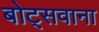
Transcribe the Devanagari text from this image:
बोट्सवाना